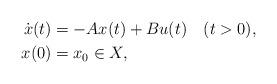
LaTeX: \begin{align*} \dot{x}(t) & = -Ax(t) + Bu(t) \quad(t>0),\\ x(0) & = x_0 \in X,\end{align*}